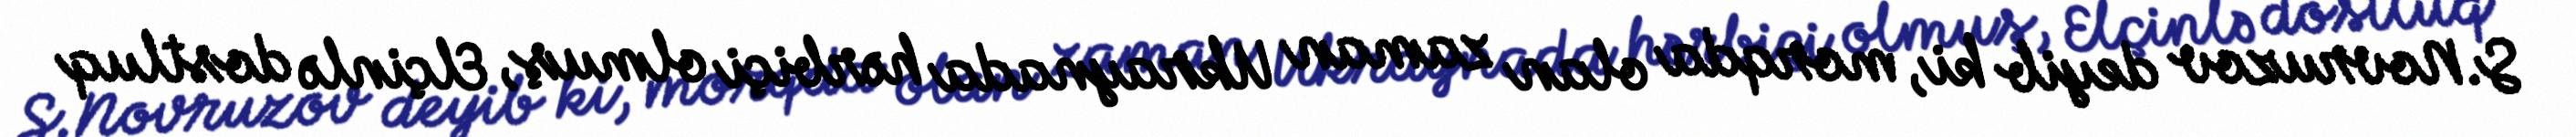
S.Novruzov deyib ki, morqda olan zaman Ukraynada hərbiçi olmuş, Elçinlə dostluq